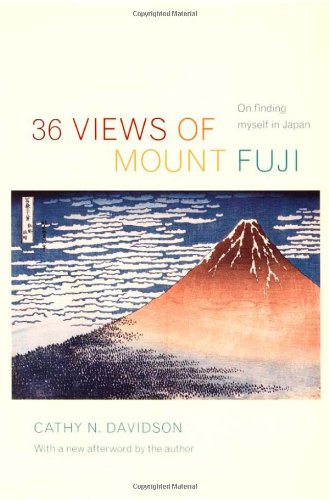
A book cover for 36 Views of Mount Fuji: On Finding Myself in Japan; Cathy N. Davidson; Biographies & Memoirs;